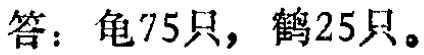
答：龟75只，鹤25只。